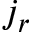
j _ { r }